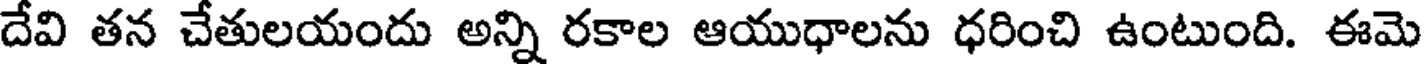
దేవి తన చేతులయందు అన్ని రకాల ఆయుధాలను ధరించి ఉంటుంది. ఈమె